Indian journal of veterinary science and animal husbandry - Volumes 24-25, 1954-1955
Year: 1954
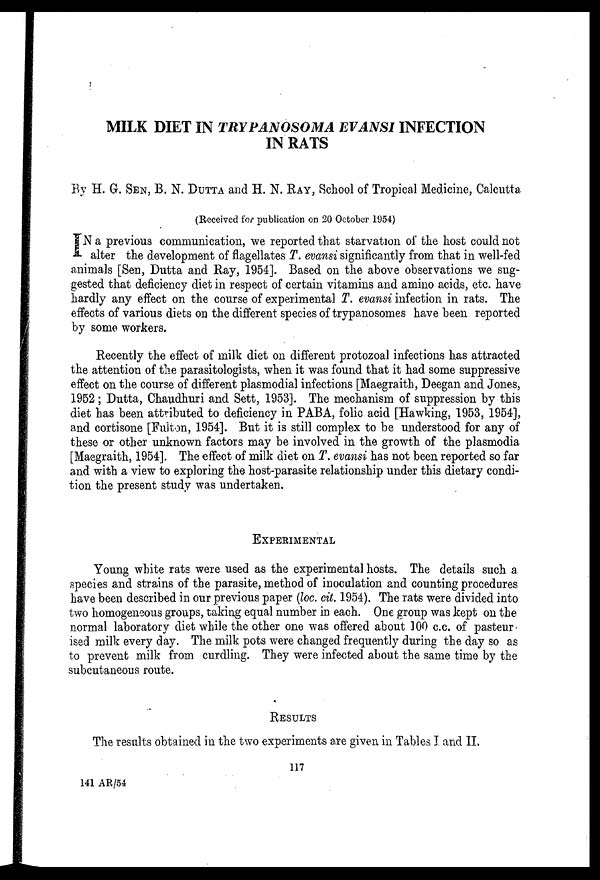
MILK DIET IN TRYPANOSOMA
EVANSI INFECTION
IN RATS
By H. G. SEN, B. N. DUTTA AND H. N. RAY, School of Tropical Medicine, Calcutta
(Received for publication on 20 October 1954)
I N a previous communication, we reported that starvation of the host could not
alter the development of flagellates T. evansi significantly from that in well-fed
animals [Sen, Dutta and Ray, 1954]. Based on the above observations we sug-
gested that deficiency diet in respect of certain vitamins and amino acids, etc. have
hardly any effect on the course of experimental T. evansi infection in rats. The
effects of various diets on the different species of trypanosomes have been reported
by some workers.
Recently the effect of milk diet on different protozoal infections has attracted
the attention of the parasitologists, when it was found that it had some suppressive
effect on the course of different plasmodial infections [Maegraith, Deegan and Jones,
1952; Dutta, Chaudhuri and Sett, 1953]. The mechanism of suppression by this
diet has been attributed to deficiency in PABA, folic acid [Hawking, 1953, 1954],
and cortisone [Fulton, 1954]. But it is still complex to be understood for any of
these or other unknown factors may be involved in the growth of the plasmodia
[Maegraith, 1954]. The effect of milk diet on T. evansi has not been reported so far
and with a view to exploring the host-parasite relationship under this dietary condi-
tion the present study was undertaken.
EXPERIMENTAL
Young white rats were used as the experimental hosts. The details such a
species and strains of the parasite, method of inoculation and counting procedures
have been described in our previous paper (loc. cit. 1954). The rats were divided into
two homogeneous groups, taking equal number in each. One group was kept on the
normal laboratory diet while the other one was offered about 100 c.c. of pasteur-
ised milk every day. The milk pots were changed frequently during the day so as
to prevent milk from curdling. They were infected about the same time by the
subcutaneous route.
RESULTS
The results obtained in the two experiments are given in Tables I and II.
117
141 AR/54